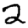
Digit: 2